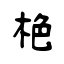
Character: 栬